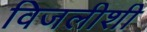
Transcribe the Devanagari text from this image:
विजलीशी